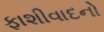
ફાશીવાદનો